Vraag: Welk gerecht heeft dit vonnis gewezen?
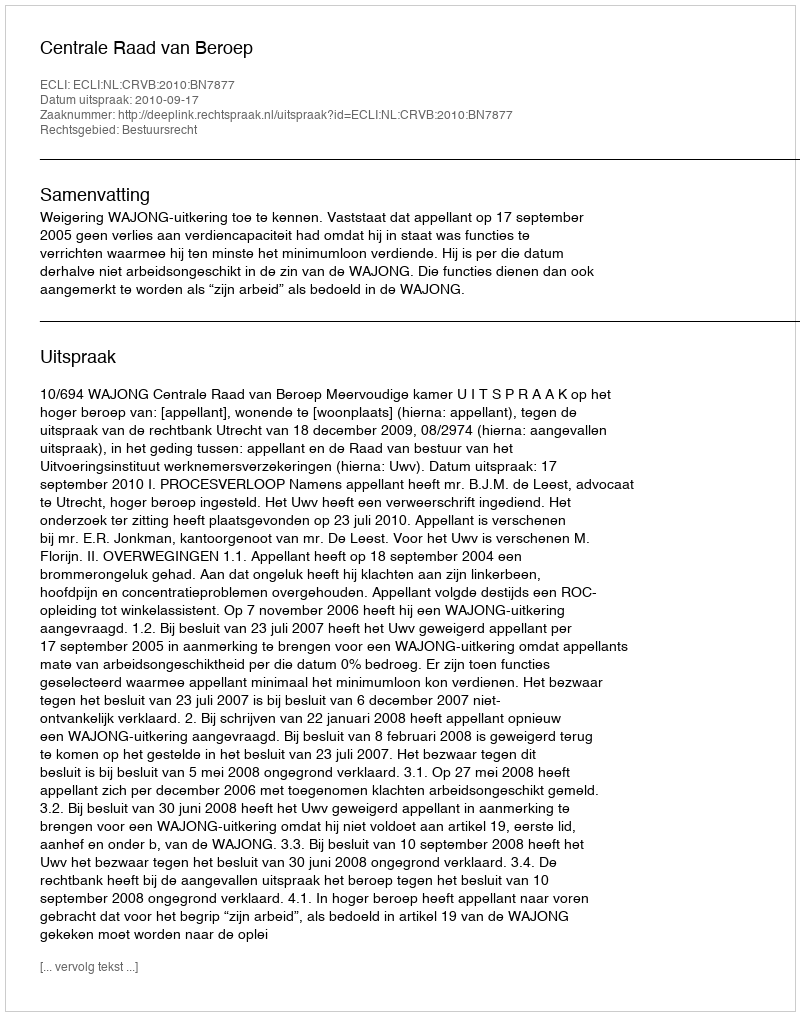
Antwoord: Centrale Raad van Beroep